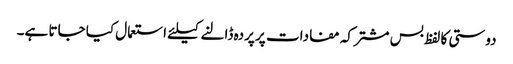
دوستی کا لفظ بس مشترکہ مفادات پر پردہ ڈالنے کیلئے استعمال کیا جاتا ہے۔